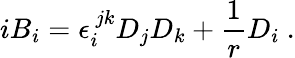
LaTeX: iB_{i}=\epsilon_{i}^{~jk}D_{j}D_{k}+\frac{1}{r}D_{i}~.